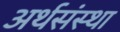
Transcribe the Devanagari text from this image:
अर्थसंस्था